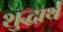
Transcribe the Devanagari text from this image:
शुद्धार्थ